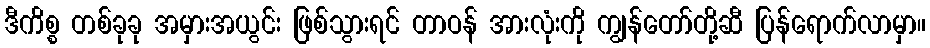
ဒီကိစ္စ တစ်ခုခု အမှားအယွင်း ဖြစ်သွားရင် တာဝန် အားလုံးကို ကျွန်တော်တို့ဆီ ပြန်ရောက်လာမှာ။